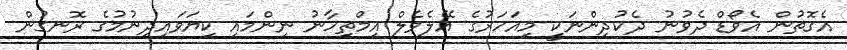
އެގޮތުން އެވޯޑް ދެވުނު ދެކުދިންނަކީ މިއަހަރުގެ އޭލެވެލް އިމްތިހާނު ނިންމައި ކިޔަވައިދިނުމުގެ ރޮނގުން